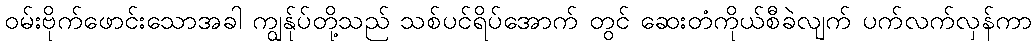
ဝမ်းဗိုက်ဖောင်းသောအခါ ကျွန်ုပ်တို့သည် သစ်ပင်ရိပ်အောက် တွင် ဆေးတံကိုယ်စီခဲလျက် ပက်လက်လှန်ကာ